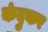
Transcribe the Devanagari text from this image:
कंदुकर